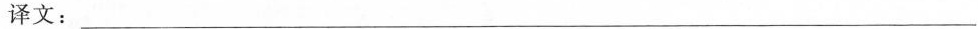
译文：___